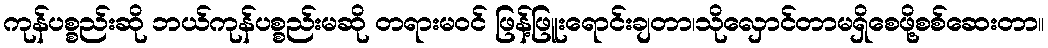
ကုန်ပစ္စည်းဆို ဘယ်ကုန်ပစ္စည်းမဆို တရားမဝင် ဖြန့်ဖြူးရောင်းချတာ၊သိုလှောင်တာမရှိစေဖို့စစ်ဆေးတာ။